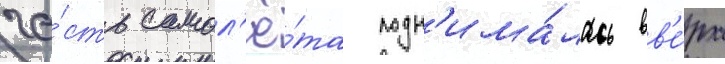
ча́сть самол'ё́та подн'има́лась вв'е́рх